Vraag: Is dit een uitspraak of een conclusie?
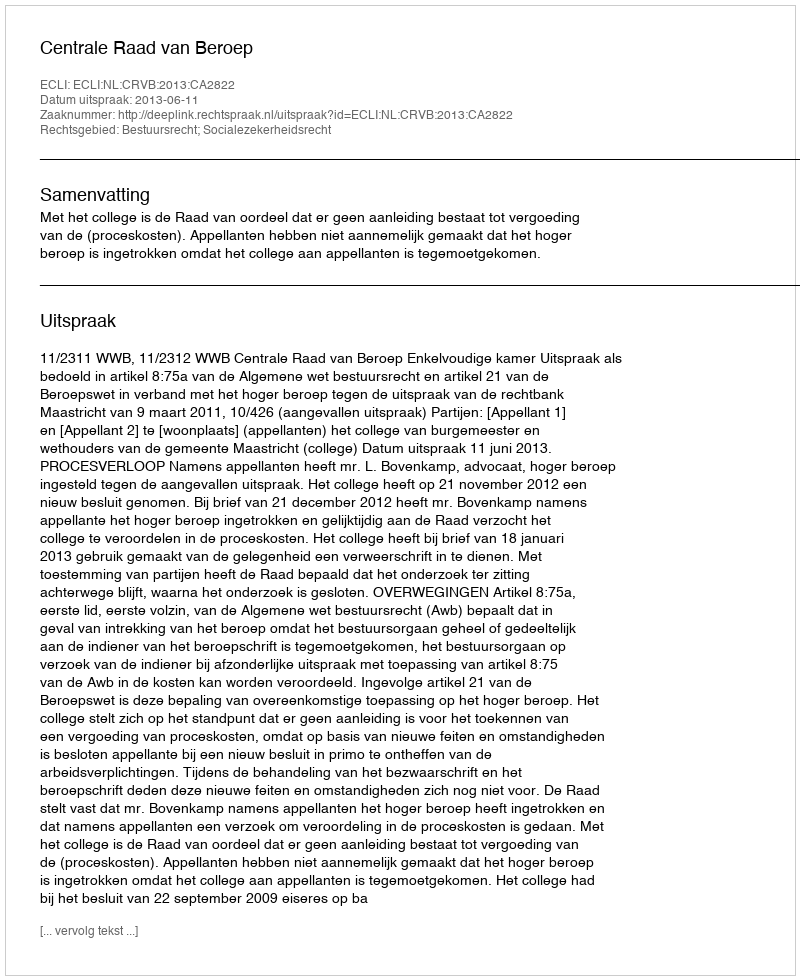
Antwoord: Uitspraak